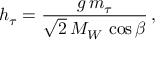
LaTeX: h _ { \tau } = { \frac { g \, m _ { \tau } } { \sqrt { 2 } \, M _ { W } \, \cos { \beta } } } \, ,